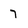
Character: 7